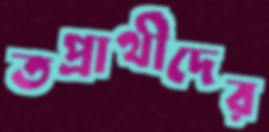
তপ্রার্থীদের